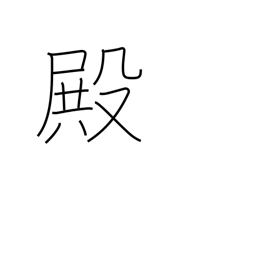
Meaning: Mr.